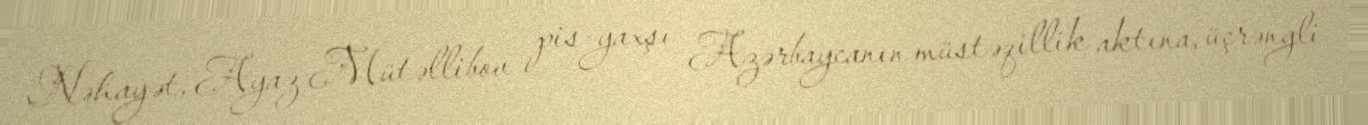
Nəhayət, Ayaz Mütəllibov pis-yaxşı Azərbaycanın müstəqillik aktına, üçrəngli